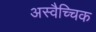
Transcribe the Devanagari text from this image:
अस्वैच्चिक